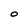
Character: O